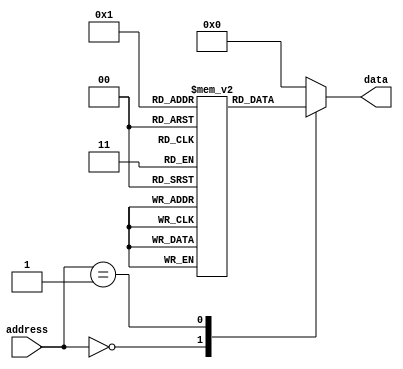
module rom (
    input [7:0] address,
    output reg [7:0] data
);

reg [7:0] rom_data [0:255];

always @(*)
begin
    case(address)
        8'd0: data <= rom_data[0];
        8'd1: data <= rom_data[1];
        // Add more cases for additional data entries
        default: data <= 8'h00; // Default value if address is invalid
    endcase
end

endmodule